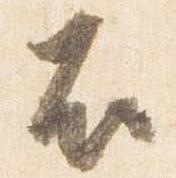
右